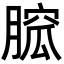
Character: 𦞭